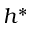
h ^ { \ast }